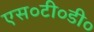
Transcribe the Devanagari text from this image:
एस०टी०डी०